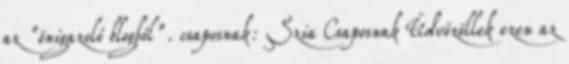
az "önigazoló blogból". csaposnak: Szia Csaposnak Üdvözöllek ezen az